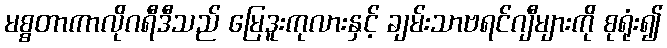
မစ္စတာကာလိုဂရီဒီသည် မြေဒူးကုလားနှင့် ချမ်းသာဗရင်ဂျီများကို စုရုံး၍